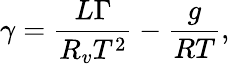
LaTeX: \gamma=\frac{L\Gamma}{R_{v}T^{2}}-\frac{g}{RT},